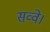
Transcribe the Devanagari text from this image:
सव्वे।